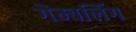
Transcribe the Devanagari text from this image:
गैम्बलिंग